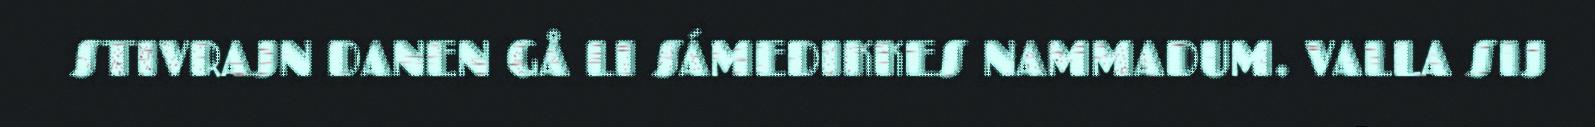
STIVRAJN DANEN GÅ LI SÁMEDIKKES NAMMADUM. VALLA SIJ